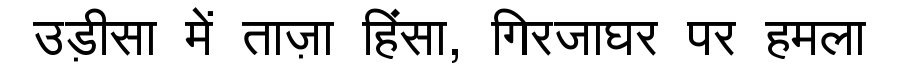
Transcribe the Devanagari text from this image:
उड़ीसा में ताज़ा हिंसा, गिरजाघर पर हमला